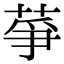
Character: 𦱊